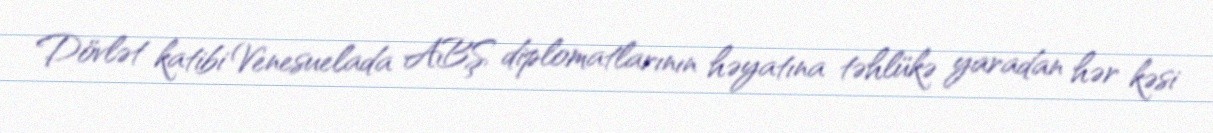
Dövlət katibi Venesuelada ABŞ diplomatlarının həyatına təhlükə yaradan hər kəsi